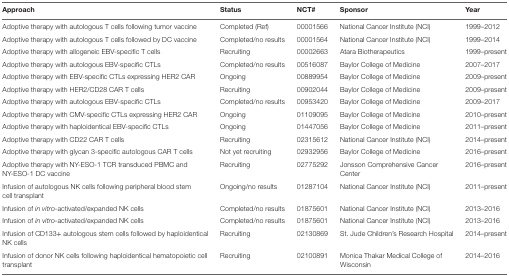
<table><thead><tr><td><b>Approach</b></td><td><b>Status</b></td><td><b>NCT#</b></td><td><b>Sponsor</b></td><td><b>Year</b></td></tr></thead><tbody><tr><td>Adoptive therapy with autologous T cells following tumor vaccine</td><td>Completed (Ref)</td><td>00001566</td><td>National Cancer Institute (NCI)</td><td>1999–2012</td></tr><tr><td>Adoptive therapy with autologous T cells followed by DC vaccine</td><td>Completed/no results</td><td>00001564</td><td>National Cancer Institute (NCI)</td><td>1999–2014</td></tr><tr><td>Adoptive therapy with allogeneic EBV-specific T cells</td><td>Recruiting</td><td>00002663</td><td>Atara Biotherapeutics</td><td>1999–present</td></tr><tr><td>Adoptive therapy with autologous EBV-specific CTLs</td><td>Completed/no results</td><td>00516087</td><td>Baylor College of Medicine</td><td>2007–2017</td></tr><tr><td>Adoptive therapy with EBV-specific CTLs expressing HER2 CAR</td><td>Ongoing</td><td>00889954</td><td>Baylor College of Medicine</td><td>2009–present</td></tr><tr><td>Adoptive therapy with HER2/CD28 CAR T cells</td><td>Recruiting</td><td>00902044</td><td>Baylor College of Medicine</td><td>2009–present</td></tr><tr><td>Adoptive therapy with autologous EBV-specific CTLs</td><td>Completed/no results</td><td>00953420</td><td>Baylor College of Medicine</td><td>2009–2017</td></tr><tr><td>Adoptive therapy with CMV-specific CTLs expressing HER2 CAR</td><td>Ongoing</td><td>01109095</td><td>Baylor College of Medicine</td><td>2010–present</td></tr><tr><td>Adoptive therapy with haploidentical EBV-specific CTLs</td><td>Ongoing</td><td>01447056</td><td>Baylor College of Medicine</td><td>2011–present</td></tr><tr><td>Adoptive therapy with CD22 CAR T cells</td><td>Recruiting</td><td>02315612</td><td>National Cancer Institute (NCI)</td><td>2014–present</td></tr><tr><td>Adoptive therapy with glycan 3-specific autologous CAR T cells</td><td>Not yet recruiting</td><td>02932956</td><td>Baylor College of Medicine</td><td>2016–present</td></tr><tr><td>Adoptive therapy with NY-ESO-1 TCR transduced PBMC and NY-ESO-1 DC vaccine</td><td>Recruiting</td><td>02775292</td><td>Jonsson Comprehensive Cancer Center</td><td>2016–present</td></tr><tr><td>Infusion of autologous NK cells following peripheral blood stem cell transplant</td><td>Ongoing/no results</td><td>01287104</td><td>National Cancer Institute (NCI)</td><td>2011–present</td></tr><tr><td>Infusion of <i>in vitro</i>-activated/expanded NK cells</td><td>Completed/no results</td><td>01875601</td><td>National Cancer Institute (NCI)</td><td>2013–2016</td></tr><tr><td>Infusion of <i>in vitro</i>-activated/expanded NK cells</td><td>Completed/no results</td><td>01875601</td><td>National Cancer Institute (NCI)</td><td>2013–2016</td></tr><tr><td>Infusion of CD133+ autologous stem cells followed by haploidentical NK cells</td><td>Recruiting</td><td>02130869</td><td>St. Jude Children’s Research Hospital</td><td>2014–present</td></tr><tr><td>Infusion of donor NK cells following haploidentical hematopoietic cell transplant</td><td>Recruiting</td><td>02100891</td><td>Monica Thakar Medical College of Wisconsin</td><td>2014–2016</td></tr></tbody></table>